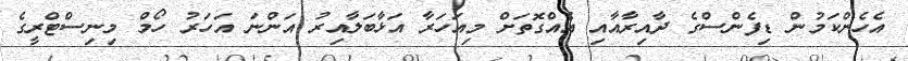
އެހެންކަމުން ޑިފެންސްގެ ދާއިރާއާއި އެއްގޮތަށް މިއަހަރާ އަޅާބަލާއިރު އަންނަ އަހަރު ހޯމް މިނިސްޓްރީގެ